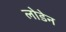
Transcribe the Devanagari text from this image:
लोडेन